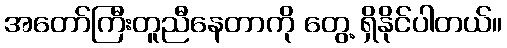
အတော်ကြီးတူညီနေတာကို တွေ့ ရှိနိုင်ပါတယ်။